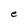
Character: e